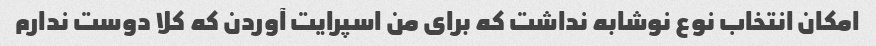
امکان انتخاب نوع نوشابه نداشت که برای من اسپرایت آوردن که کلا دوست ندارم